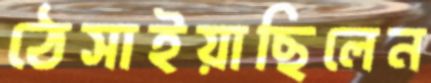
ঠেসাইয়াছিলেন